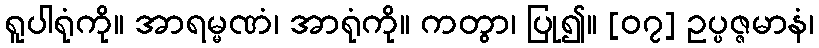
ရူပါရုံကို။ အာရမ္မဏံ၊ အာရုံကို။ ကတွာ၊ ပြု၍။ [၀၇] ဥပ္ပဇ္ဇမာနံ၊